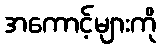
အကောင့်များကို